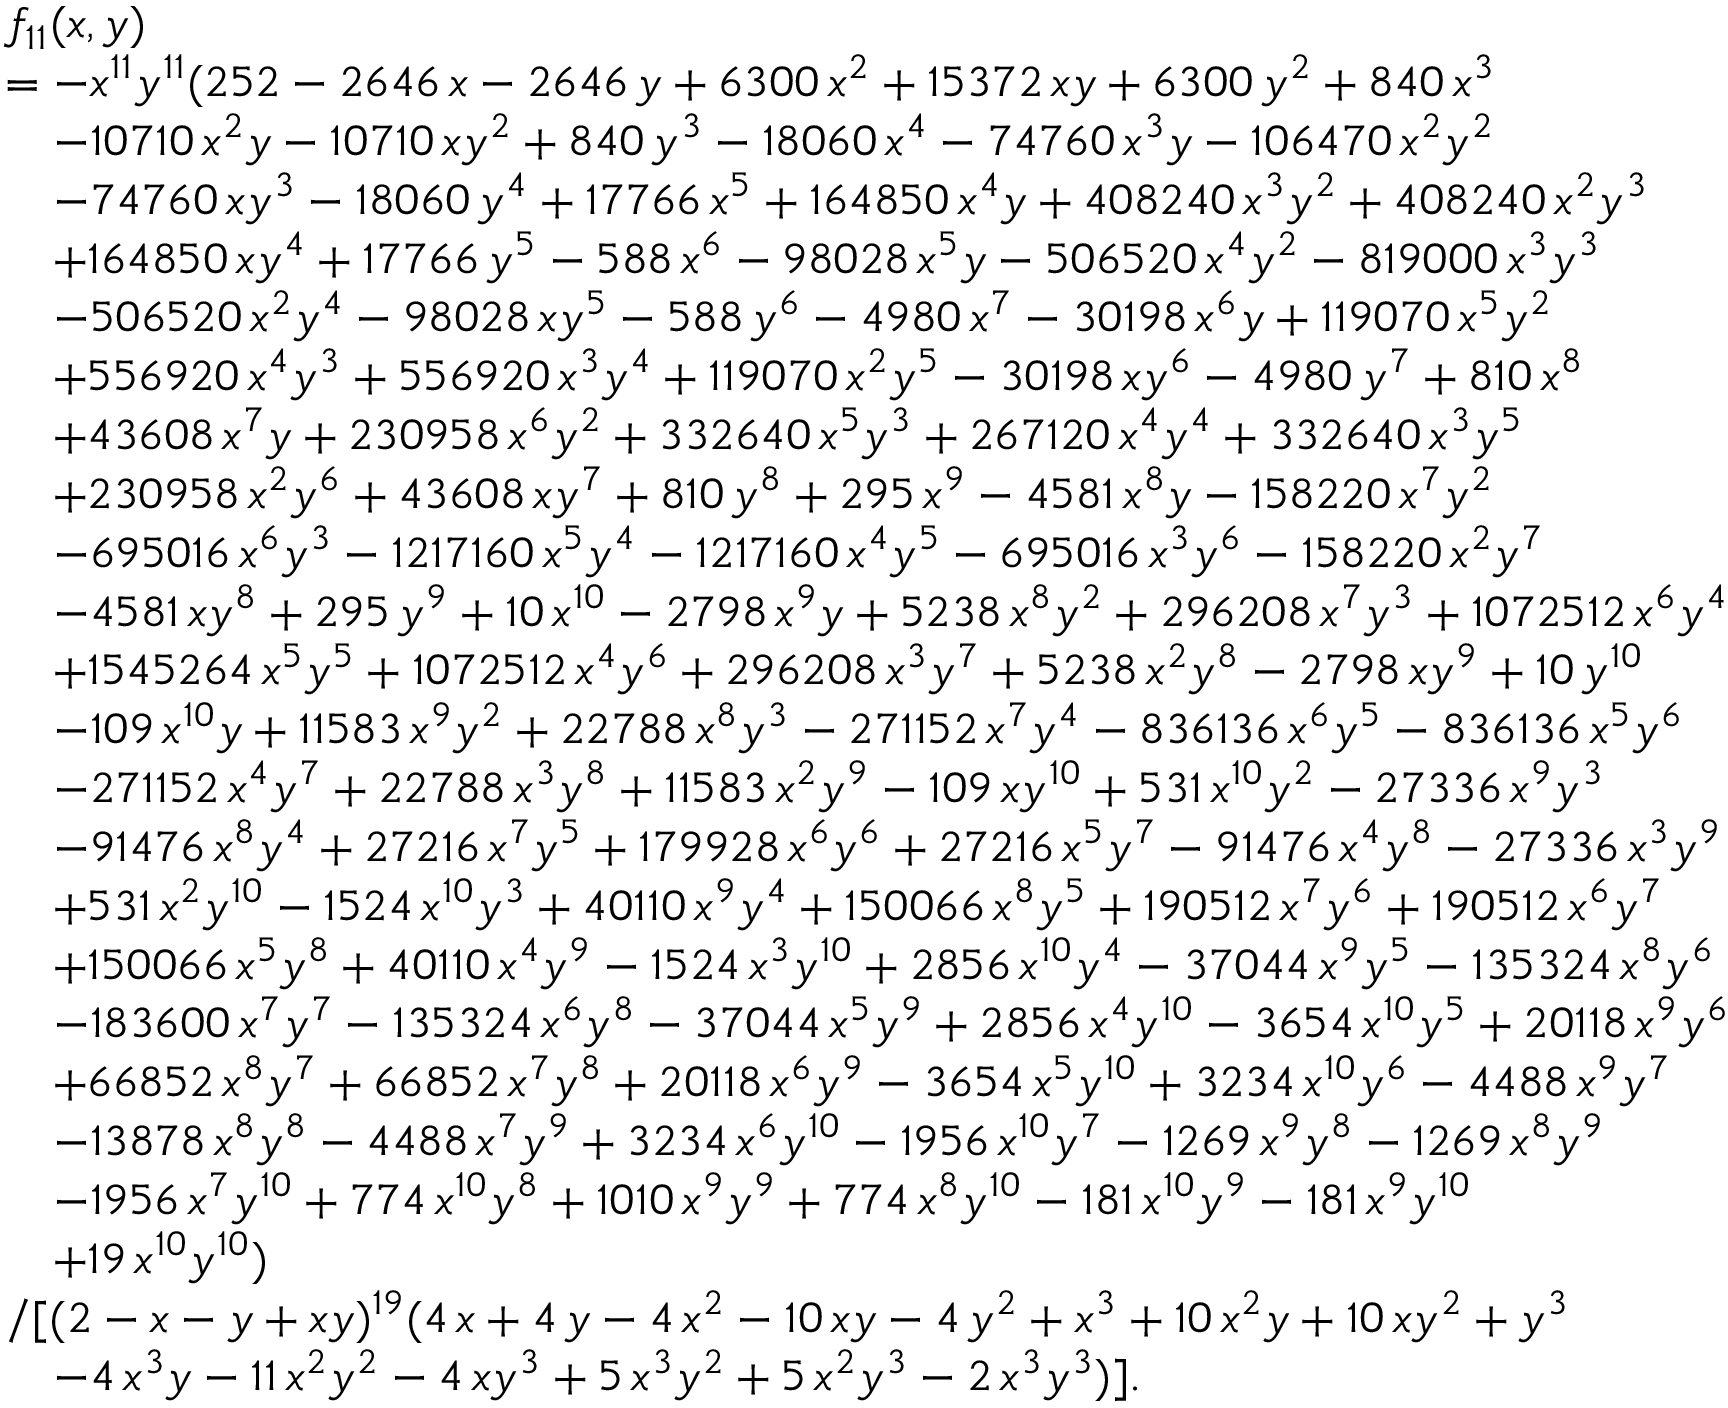
\begin{array} { r l } & { f _ { 1 1 } ( x , y ) } \\ & { = - x ^ { 1 1 } y ^ { 1 1 } ( 2 5 2 - 2 6 4 6 \, x - 2 6 4 6 \, y + 6 3 0 0 \, x ^ { 2 } + 1 5 3 7 2 \, x y + 6 3 0 0 \, y ^ { 2 } + 8 4 0 \, x ^ { 3 } } \\ & { \quad - 1 0 7 1 0 \, x ^ { 2 } y - 1 0 7 1 0 \, x y ^ { 2 } + 8 4 0 \, y ^ { 3 } - 1 8 0 6 0 \, x ^ { 4 } - 7 4 7 6 0 \, x ^ { 3 } y - 1 0 6 4 7 0 \, x ^ { 2 } y ^ { 2 } } \\ & { \quad - 7 4 7 6 0 \, x y ^ { 3 } - 1 8 0 6 0 \, y ^ { 4 } + 1 7 7 6 6 \, x ^ { 5 } + 1 6 4 8 5 0 \, x ^ { 4 } y + 4 0 8 2 4 0 \, x ^ { 3 } y ^ { 2 } + 4 0 8 2 4 0 \, x ^ { 2 } y ^ { 3 } } \\ & { \quad + 1 6 4 8 5 0 \, x y ^ { 4 } + 1 7 7 6 6 \, y ^ { 5 } - 5 8 8 \, x ^ { 6 } - 9 8 0 2 8 \, x ^ { 5 } y - 5 0 6 5 2 0 \, x ^ { 4 } y ^ { 2 } - 8 1 9 0 0 0 \, x ^ { 3 } y ^ { 3 } } \\ & { \quad - 5 0 6 5 2 0 \, x ^ { 2 } y ^ { 4 } - 9 8 0 2 8 \, x y ^ { 5 } - 5 8 8 \, y ^ { 6 } - 4 9 8 0 \, x ^ { 7 } - 3 0 1 9 8 \, x ^ { 6 } y + 1 1 9 0 7 0 \, x ^ { 5 } y ^ { 2 } } \\ & { \quad + 5 5 6 9 2 0 \, x ^ { 4 } y ^ { 3 } + 5 5 6 9 2 0 \, x ^ { 3 } y ^ { 4 } + 1 1 9 0 7 0 \, x ^ { 2 } y ^ { 5 } - 3 0 1 9 8 \, x y ^ { 6 } - 4 9 8 0 \, y ^ { 7 } + 8 1 0 \, x ^ { 8 } } \\ & { \quad + 4 3 6 0 8 \, x ^ { 7 } y + 2 3 0 9 5 8 \, x ^ { 6 } y ^ { 2 } + 3 3 2 6 4 0 \, x ^ { 5 } y ^ { 3 } + 2 6 7 1 2 0 \, x ^ { 4 } y ^ { 4 } + 3 3 2 6 4 0 \, x ^ { 3 } y ^ { 5 } } \\ & { \quad + 2 3 0 9 5 8 \, x ^ { 2 } y ^ { 6 } + 4 3 6 0 8 \, x y ^ { 7 } + 8 1 0 \, y ^ { 8 } + 2 9 5 \, x ^ { 9 } - 4 5 8 1 \, x ^ { 8 } y - 1 5 8 2 2 0 \, x ^ { 7 } y ^ { 2 } } \\ & { \quad - 6 9 5 0 1 6 \, x ^ { 6 } y ^ { 3 } - 1 2 1 7 1 6 0 \, x ^ { 5 } y ^ { 4 } - 1 2 1 7 1 6 0 \, x ^ { 4 } y ^ { 5 } - 6 9 5 0 1 6 \, x ^ { 3 } y ^ { 6 } - 1 5 8 2 2 0 \, x ^ { 2 } y ^ { 7 } } \\ & { \quad - 4 5 8 1 \, x y ^ { 8 } + 2 9 5 \, y ^ { 9 } + 1 0 \, x ^ { 1 0 } - 2 7 9 8 \, x ^ { 9 } y + 5 2 3 8 \, x ^ { 8 } y ^ { 2 } + 2 9 6 2 0 8 \, x ^ { 7 } y ^ { 3 } + 1 0 7 2 5 1 2 \, x ^ { 6 } y ^ { 4 } } \\ & { \quad + 1 5 4 5 2 6 4 \, x ^ { 5 } y ^ { 5 } + 1 0 7 2 5 1 2 \, x ^ { 4 } y ^ { 6 } + 2 9 6 2 0 8 \, x ^ { 3 } y ^ { 7 } + 5 2 3 8 \, x ^ { 2 } y ^ { 8 } - 2 7 9 8 \, x y ^ { 9 } + 1 0 \, y ^ { 1 0 } } \\ & { \quad - 1 0 9 \, x ^ { 1 0 } y + 1 1 5 8 3 \, x ^ { 9 } y ^ { 2 } + 2 2 7 8 8 \, x ^ { 8 } y ^ { 3 } - 2 7 1 1 5 2 \, x ^ { 7 } y ^ { 4 } - 8 3 6 1 3 6 \, x ^ { 6 } y ^ { 5 } - 8 3 6 1 3 6 \, x ^ { 5 } y ^ { 6 } } \\ & { \quad - 2 7 1 1 5 2 \, x ^ { 4 } y ^ { 7 } + 2 2 7 8 8 \, x ^ { 3 } y ^ { 8 } + 1 1 5 8 3 \, x ^ { 2 } y ^ { 9 } - 1 0 9 \, x y ^ { 1 0 } + 5 3 1 \, x ^ { 1 0 } y ^ { 2 } - 2 7 3 3 6 \, x ^ { 9 } y ^ { 3 } } \\ & { \quad - 9 1 4 7 6 \, x ^ { 8 } y ^ { 4 } + 2 7 2 1 6 \, x ^ { 7 } y ^ { 5 } + 1 7 9 9 2 8 \, x ^ { 6 } y ^ { 6 } + 2 7 2 1 6 \, x ^ { 5 } y ^ { 7 } - 9 1 4 7 6 \, x ^ { 4 } y ^ { 8 } - 2 7 3 3 6 \, x ^ { 3 } y ^ { 9 } } \\ & { \quad + 5 3 1 \, x ^ { 2 } y ^ { 1 0 } - 1 5 2 4 \, x ^ { 1 0 } y ^ { 3 } + 4 0 1 1 0 \, x ^ { 9 } y ^ { 4 } + 1 5 0 0 6 6 \, x ^ { 8 } y ^ { 5 } + 1 9 0 5 1 2 \, x ^ { 7 } y ^ { 6 } + 1 9 0 5 1 2 \, x ^ { 6 } y ^ { 7 } } \\ & { \quad + 1 5 0 0 6 6 \, x ^ { 5 } y ^ { 8 } + 4 0 1 1 0 \, x ^ { 4 } y ^ { 9 } - 1 5 2 4 \, x ^ { 3 } y ^ { 1 0 } + 2 8 5 6 \, x ^ { 1 0 } y ^ { 4 } - 3 7 0 4 4 \, x ^ { 9 } y ^ { 5 } - 1 3 5 3 2 4 \, x ^ { 8 } y ^ { 6 } } \\ & { \quad - 1 8 3 6 0 0 \, x ^ { 7 } y ^ { 7 } - 1 3 5 3 2 4 \, x ^ { 6 } y ^ { 8 } - 3 7 0 4 4 \, x ^ { 5 } y ^ { 9 } + 2 8 5 6 \, x ^ { 4 } y ^ { 1 0 } - 3 6 5 4 \, x ^ { 1 0 } y ^ { 5 } + 2 0 1 1 8 \, x ^ { 9 } y ^ { 6 } } \\ & { \quad + 6 6 8 5 2 \, x ^ { 8 } y ^ { 7 } + 6 6 8 5 2 \, x ^ { 7 } y ^ { 8 } + 2 0 1 1 8 \, x ^ { 6 } y ^ { 9 } - 3 6 5 4 \, x ^ { 5 } y ^ { 1 0 } + 3 2 3 4 \, x ^ { 1 0 } y ^ { 6 } - 4 4 8 8 \, x ^ { 9 } y ^ { 7 } } \\ & { \quad - 1 3 8 7 8 \, x ^ { 8 } y ^ { 8 } - 4 4 8 8 \, x ^ { 7 } y ^ { 9 } + 3 2 3 4 \, x ^ { 6 } y ^ { 1 0 } - 1 9 5 6 \, x ^ { 1 0 } y ^ { 7 } - 1 2 6 9 \, x ^ { 9 } y ^ { 8 } - 1 2 6 9 \, x ^ { 8 } y ^ { 9 } } \\ & { \quad - 1 9 5 6 \, x ^ { 7 } y ^ { 1 0 } + 7 7 4 \, x ^ { 1 0 } y ^ { 8 } + 1 0 1 0 \, x ^ { 9 } y ^ { 9 } + 7 7 4 \, x ^ { 8 } y ^ { 1 0 } - 1 8 1 \, x ^ { 1 0 } y ^ { 9 } - 1 8 1 \, x ^ { 9 } y ^ { 1 0 } } \\ & { \quad + 1 9 \, x ^ { 1 0 } y ^ { 1 0 } ) } \\ & { / [ ( 2 - x - y + x y ) ^ { 1 9 } ( 4 \, x + 4 \, y - 4 \, x ^ { 2 } - 1 0 \, x y - 4 \, y ^ { 2 } + x ^ { 3 } + 1 0 \, x ^ { 2 } y + 1 0 \, x y ^ { 2 } + y ^ { 3 } } \\ & { \quad - 4 \, x ^ { 3 } y - 1 1 \, x ^ { 2 } y ^ { 2 } - 4 \, x y ^ { 3 } + 5 \, x ^ { 3 } y ^ { 2 } + 5 \, x ^ { 2 } y ^ { 3 } - 2 \, x ^ { 3 } y ^ { 3 } ) ] . } \end{array}